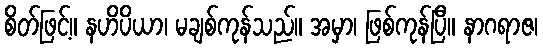
စိတ်ဖြင့်။ နဟိပိယာ၊ မချစ်ကုန်သည်။ အမှာ၊ ဖြစ်ကုန်ပြီ။ နာဂရာဇ၊